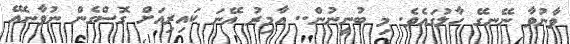
ވާނުވާ ނޭނގޭ ހާލުގައެވެ. މި ބުނީނުން.. އާމިރު އޭނަ ކައިރިއަށް ގޮސްގެން ނުވާނެއޭ